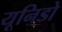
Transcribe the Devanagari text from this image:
यूनिडो